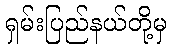
ရှမ်းပြည်နယ်တို့မှ